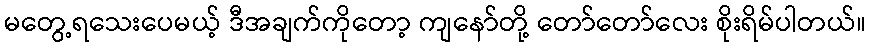
မတွေ့ရသေးပေမယ့် ဒီအချက်ကိုတော့ ကျနော်တို့ တော်တော်လေး စိုးရိမ်ပါတယ်။